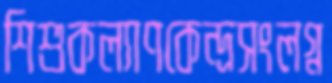
শিশুকল্যাণকেন্দ্রসংলগ্ন